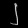
Digit: ၂